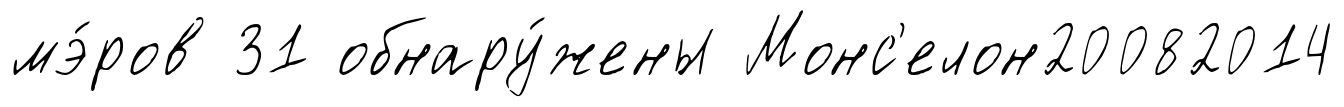
мэ́ров 31 обнару́жены Монс'елон20082014